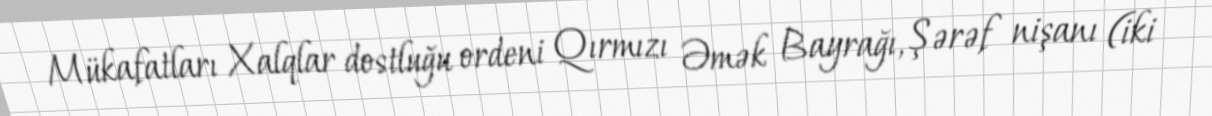
Mükafatları Xalqlar dostluğu ordeni Qırmızı Əmək Bayrağı, Şərəf nişanı (iki